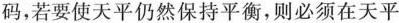
码，若要使天平仍然保持平衡，则必须在天平